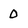
Character: 0